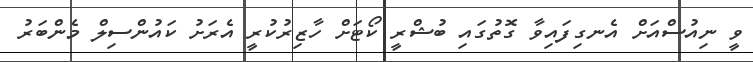
ވީ ނިއުސްއަށް އެނގިފައިވާ ގޮތުގައި ބުޝްރީ ކޯޓަށް ހާޒިރުކުރީ އެރަށު ކައުންސިލް މެންބަރު